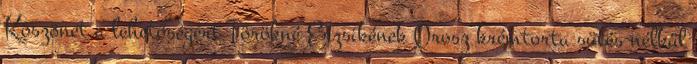
Köszönet a lehetőségért Törökné Erzsikének Orosz krémtorta sütés nélkül